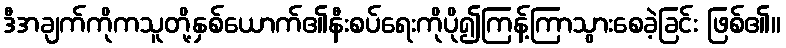
ဒီအချက်ကိုကသူတို့နှစ်ယောက်၏နီးစပ်ရေးကိုပို၍ကြန့်ကြာသွားစေခဲ့ခြင်း ဖြစ်၏။